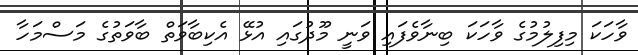
ވާހަކަ މިފިލުމުގެ ވާހަކަ ބިނާވެފައި ވަނީ މޫދުގައި އުޅޭ އެކިބާވަތް ބާވަތުގެ މަސްމަހާ